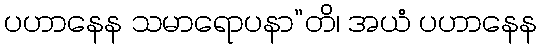
ပဟာနေန သမာရောပနာ”တိ၊ အယံ ပဟာနေန